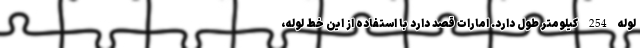
لوله 254 کیلومتر طول دارد. امارات قصد دارد با استفاده از این خط لوله،